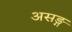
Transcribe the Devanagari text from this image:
असङ्ग